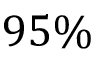
9 5 \%